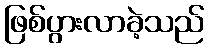
ဖြစ်ပွားလာခဲ့သည်